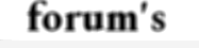
forum's